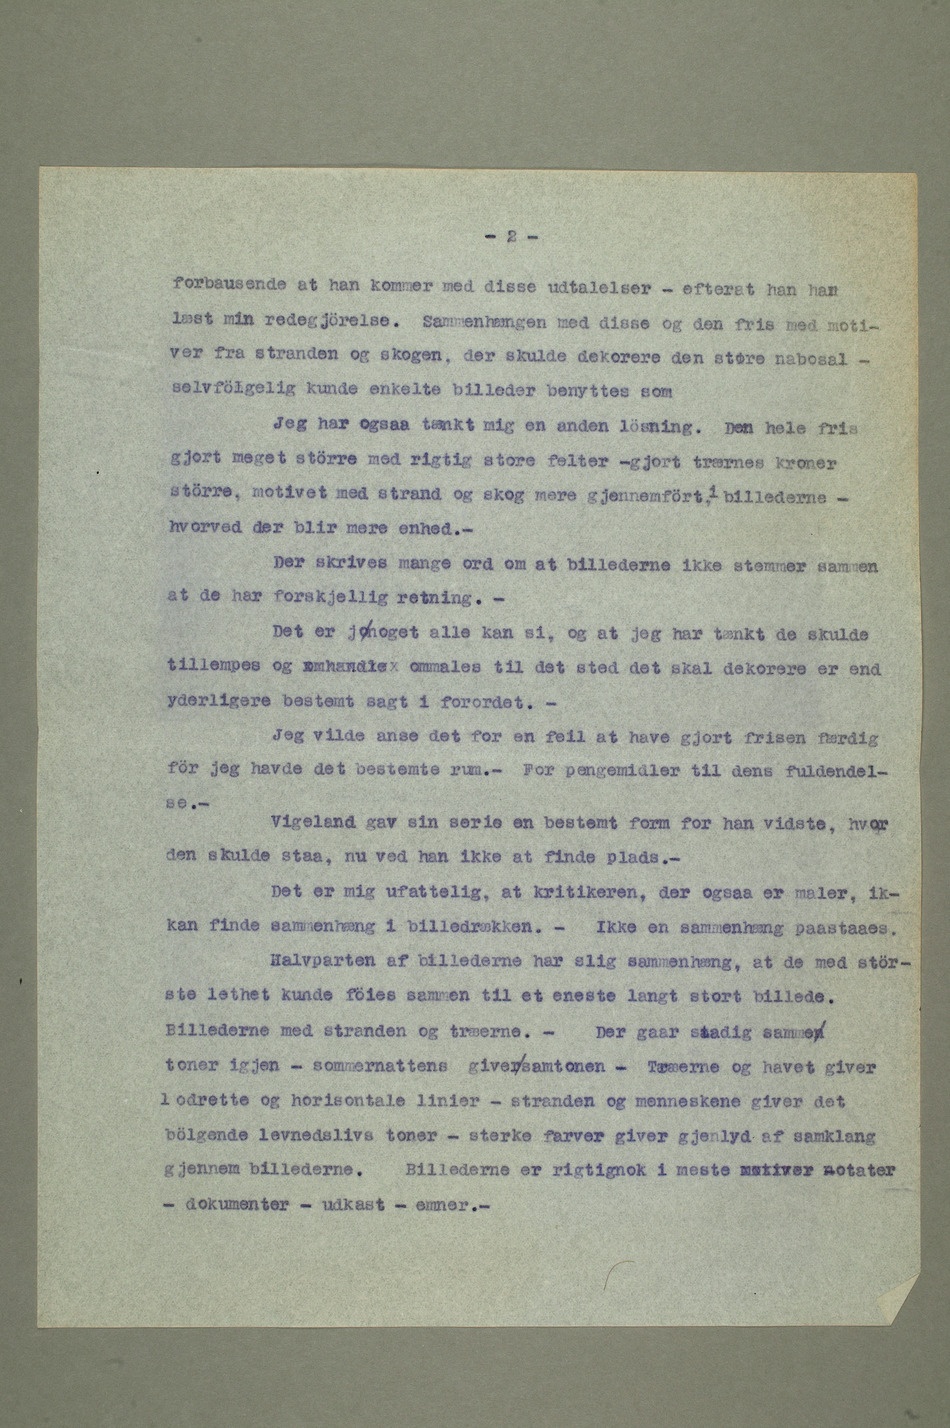
– forbausende at han kommer med disse udtalelser – efterat han har
læst min redegjörelse. Sammenhængen med disse og den fris med moti-
ver fra stranden og skogen, der skulde dekorere den store nabosal
– selvfölgelig kunde enkelte billeder benyttes som
– Jeg har ogsaa tænkt mig en anden lösning. Den hele fris
gjort meget större med rigtig store felter –gjort trærnes kroner
större, motivet med strand og skog mere gjennemfört, i billederne
– hvorved der blir mere enhed.
– Der skrives mange ord om at billederne ikke stemmer sammen
at de har forskjellig retning.
– Det er jo noget alle kan si, og at jeg har tænkt de skulde
tillempes og omhandle ommales til det sted det skal dekorere er end
yderligere bestemt sagt i forordet.
– Jeg vilde anse det for en feil at have gjort frisen færdig
för jeg havde det bestemte rum. – For pengemidler til dens fuldendel-
se.
– Vigeland gav sin serie en bestemt form for han vidste, hvor
den skulde staa, nu ved han ikke at finde plads.
– Det er mig ufattelig, at kritikeren, der ogsaa er maler, ik- ke
kan finde sammenhæng i billedrækken. – Ikke en sammenhæng paastaaes.
Halvparten af billederne har slig sammenhæng, at de med stör-
ste lethet kunde föies sammen til et eneste langt stort billede.
Billederne med stranden og træerne. – Der gaar stadig sammen
toner igjen – sommernattens giver samtonen – Træerne og havet giver
lodrette og horisontale linier – stranden og menneskene giver det
bölgende levnedslivs toner – sterke farver giver gjenlyd af samklang
gjennem billederne. Billederne er rigtignok i meste motiver notater –
– dokumenter – udkast – emner. –